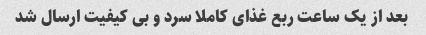
بعد از یک ساعت ربع غذای کاملا سرد و بی کیفیت ارسال شد